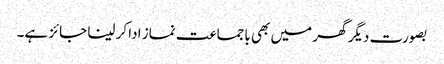
بصورت دیگر گھر میں بھی باجماعت نماز ادا کر لینا جائز ہے۔